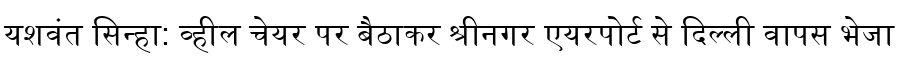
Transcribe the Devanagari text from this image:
यशवंत सिन्हा: व्हील चेयर पर बैठाकर श्रीनगर एयरपोर्ट से दिल्ली वापस भेजा